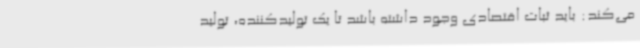
می‌کند: باید ثبات اقتصادی وجود داشته باشد تا یک تولیدکننده، تولید